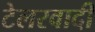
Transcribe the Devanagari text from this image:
टेलरवादी